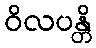
ဝိလပန္တိ